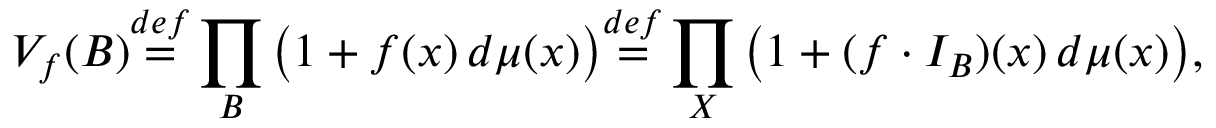
{ \cal { V } } _ { f } ( B ) { \overset { d e f } { = } } \prod _ { B } { \big ( } 1 + f ( x ) \, d \mu ( x ) { \big ) } { \overset { d e f } { = } } \prod _ { X } { \big ( } 1 + ( f \cdot I _ { B } ) ( x ) \, d \mu ( x ) { \big ) } ,